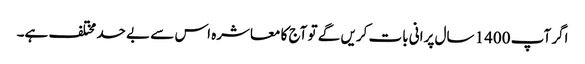
اگر آپ 1400 سال پرانی بات کریں گے تو آج کا معاشرہ اس سے بے حد مختلف ہے۔